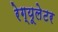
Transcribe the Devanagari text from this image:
रेग्यूलेटर